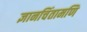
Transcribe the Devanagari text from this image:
ज्ञानचिंतामणि